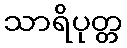
သာရိပုတ္တ